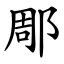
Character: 郮